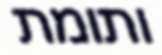
ותומת